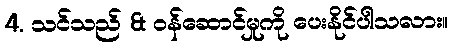
4. သင်သည် & ဝန်ဆောင်မှုကို ပေးနိုင်ပါသလား။